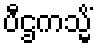
ပီဌကသ္မိံ